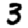
Digit: 3